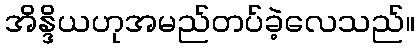
အိန္ဒိယဟုအမည်တပ်ခဲ့လေသည်။